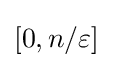
\left[0,n/\varepsilon \right]